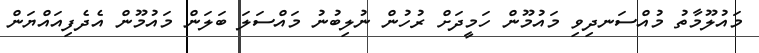
މައުލޫމާތު މުއްސަނދިވި މައުމޫން ހަމީދަށް ރުހުން ނުލިބުނު މައްސަލަ ބަލަން މައުމޫން އެދެފިއައްޔަން